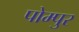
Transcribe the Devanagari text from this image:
पोम्पुर